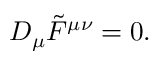
D _ { \mu } { \tilde { F } } ^ { \mu \nu } = 0 .